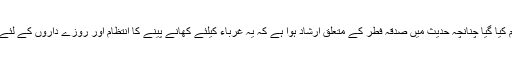
اسی غرض کیلئے صدقہ فطر لازم کیا گیا چنانچہ حدیث میں صدقہ فطر کے متعلق ارشاد ہوا ہے کہ یہ غرباء کیلئے کھانے پینے کا انتظام اور روزے داروں کے لئے روزوں کی نقائص کی تلافی ہے۔